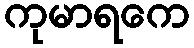
ကုမာရကေ